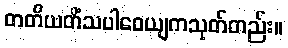
တတိယတိံသပါဝေယျကသုတ်တည်း။